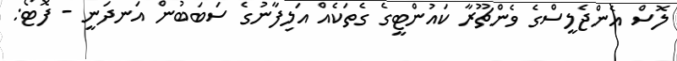
ލޮސް އެންޖެލީސްގެ ވެންޗޫރާ ކައުންޓީގެ ގެތަކެއް އަލިފާނުގެ ސަބަބުން އަނދަނީ - ފޮޓޯ: